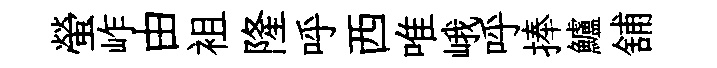
螢岞由袓隆呼西唯峨呼捧鱸舖